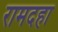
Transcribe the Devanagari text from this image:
रामदहा